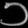
Digit: ၁